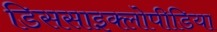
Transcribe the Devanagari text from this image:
डिससाइक्लोपीडिया